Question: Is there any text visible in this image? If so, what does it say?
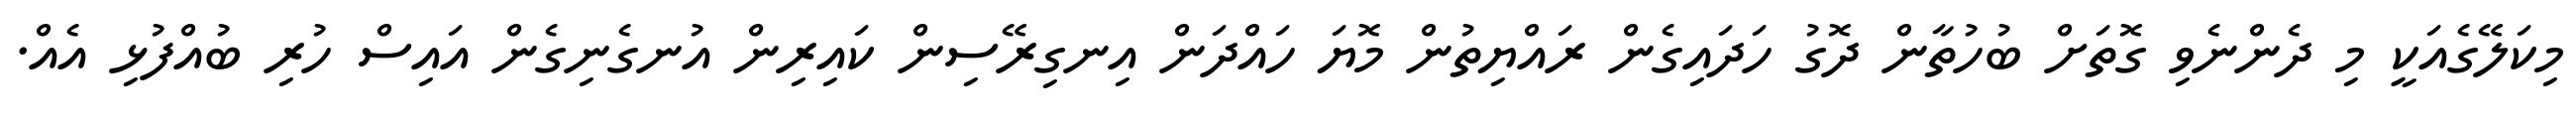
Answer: މިކަލޭގެއަކީ މި ދެންނެވި ގޮތަށް ބުހުތާން ދޮގު ހަދައިގެން ރައްޔިތުން މޮޔަ ހައްދަން އިނގިރޭސިން ކައިރިން އުނގެނިގެން އައިސް ހުރި ބުއްފުޅި އެއް.